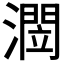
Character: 𭲻